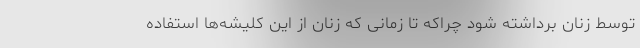
توسط زنان برداشته شود چراکه تا زمانی که زنان از این کلیشه‌ها استفاده